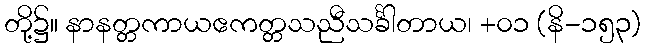
တို့၌။ နာနတ္တကာယဧကတ္တသညီသင်္ခါတာယ၊ +၀၁ (နိ-၁၅၃)